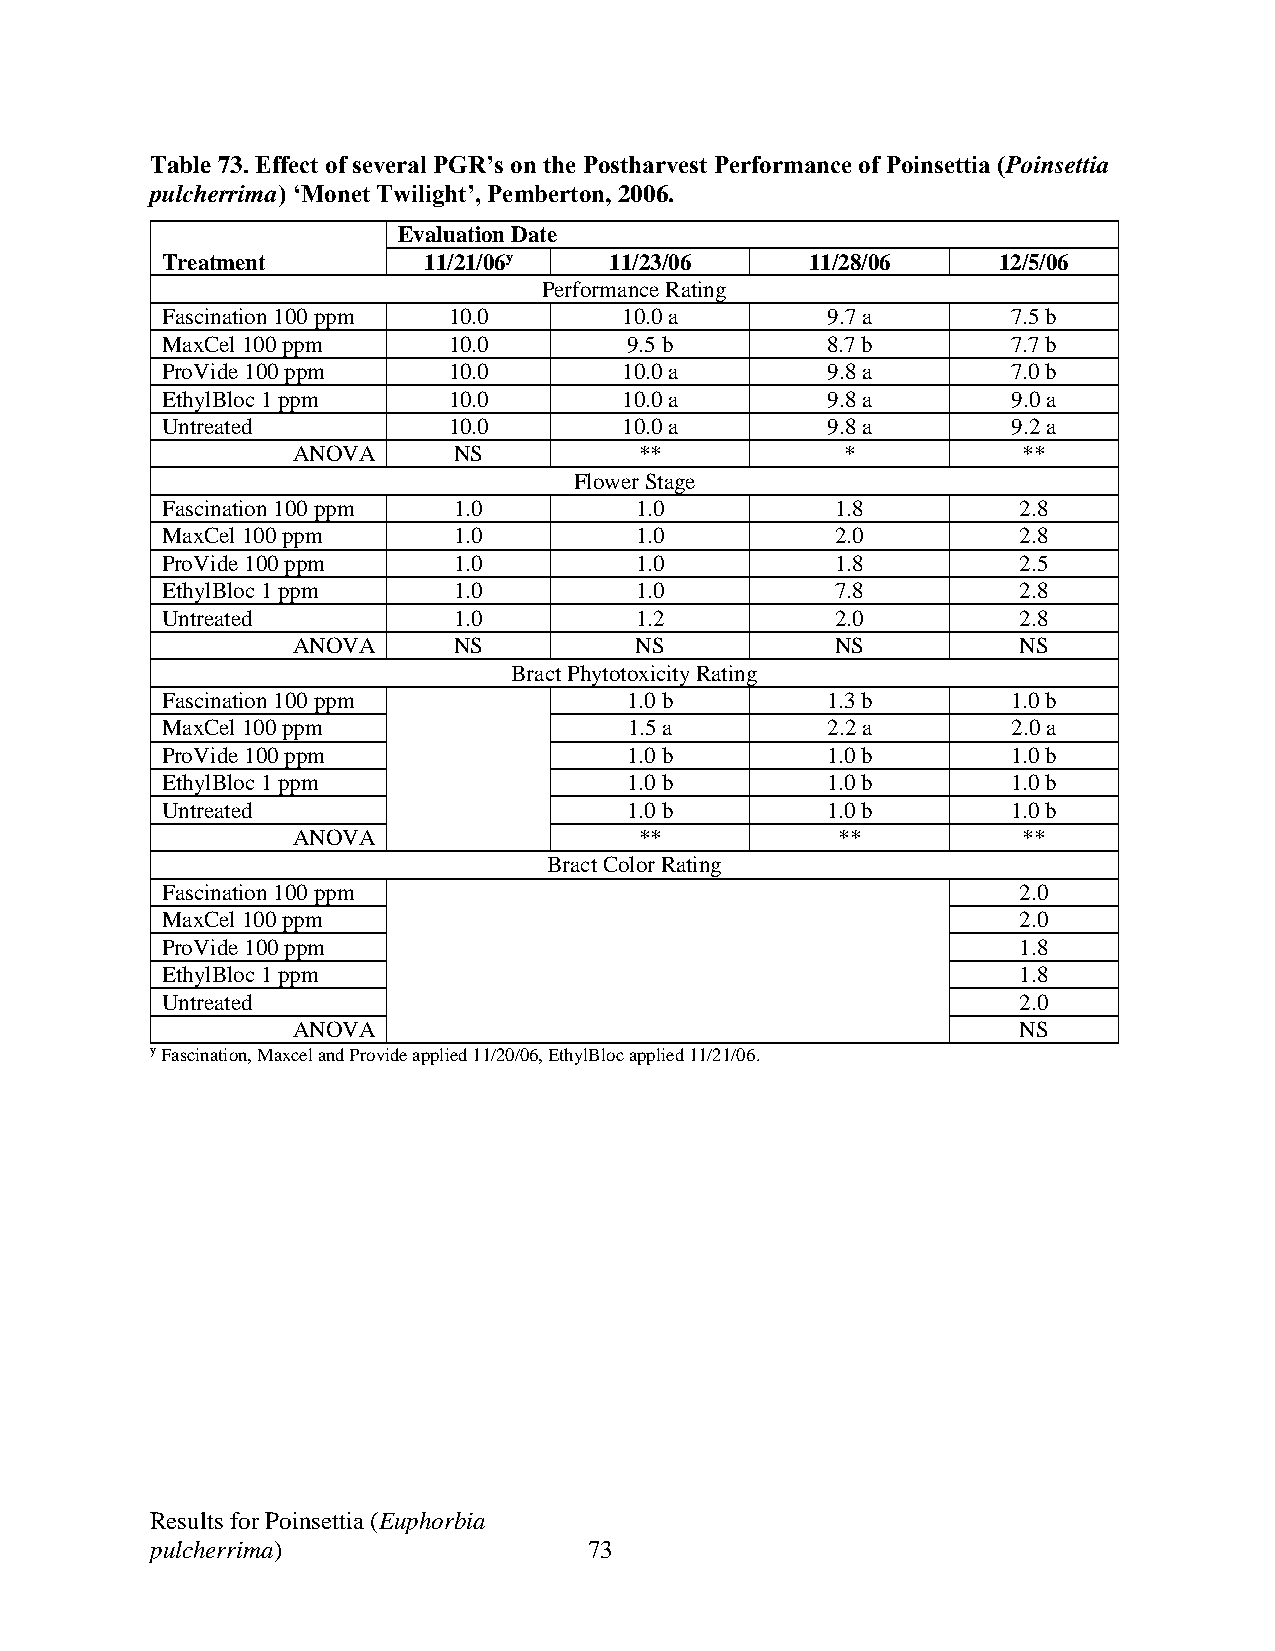
Table 73. Effect of several PGR’s on the Postharvest Performance of Poinsettia (Poinsettia
 pulcherrima) ‘Monet Twilight’, Pemberton, 2006.
 Evaluation Date
 Treatment        11/21/06y   11/23/06      11/28/06    12/5/06
 Performance Rating
 Fascination 100 ppm 10.0      10.0 a        9.7 a       7.5 b
 MaxCel 100 ppm     10.0        9.5 b        8.7 b       7.7 b
 ProVide 100 ppm    10.0       10.0 a        9.8 a       7.0 b
 EthylBloc 1 ppm    10.0       10.0 a        9.8 a       9.0 a
 Untreated          10.0       10.0 a        9.8 a       9.2 a
 ANOVA      NS          **            *           **
 Flower Stage
 Fascination 100 ppm 1.0        1.0          1.8         2.8
 MaxCel 100 ppm     1.0         1.0          2.0         2.8
 ProVide 100 ppm    1.0         1.0          1.8         2.5
 EthylBloc 1 ppm    1.0         1.0          7.8         2.8
 Untreated          1.0         1.2          2.0         2.8
 ANOVA      NS          NS           NS          NS
 Bract Phytotoxicity Rating
 Fascination 100 ppm            1.0 b        1.3 b       1.0 b
 MaxCel 100 ppm                 1.5 a        2.2 a       2.0 a
 ProVide 100 ppm                1.0 b        1.0 b       1.0 b
 EthylBloc 1 ppm                1.0 b        1.0 b       1.0 b
 Untreated                      1.0 b        1.0 b       1.0 b
 ANOVA                  **           **           **
 Bract Color Rating
 Fascination 100 ppm                                     2.0
 MaxCel 100 ppm                                          2.0
 ProVide 100 ppm                                         1.8
 EthylBloc 1 ppm                                         1.8
 Untreated                                               2.0
 ANOVA                                           NS
 y Fascination, Maxcel and Provide applied 11/20/06, EthylBloc applied 11/21/06.
 Results for Poinsettia (Euphorbia
 pulcherrima)                 73